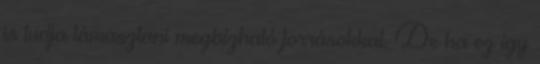
is tudja támasztani megbízható forrásokkal. De ha ez így